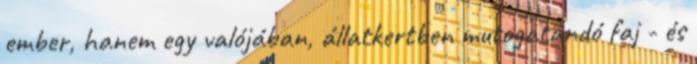
ember, hanem egy valójában, állatkertben mutogatandó faj - és